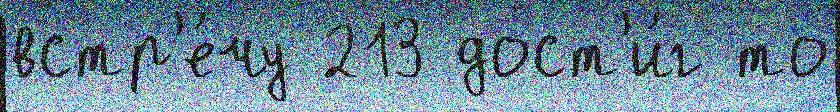
встр'е́чу 213 дост'и́г то